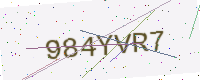
Text: 984YVR7